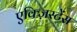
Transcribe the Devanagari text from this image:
एक्ज़िस्टेंस